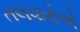
તલવારોએ